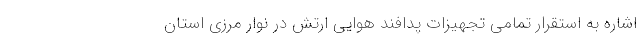
اشاره به استقرار تمامی تجهیزات پدافند هوایی ارتش در نوار مرزی استان